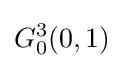
G_{0}^{3}(0,1)